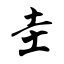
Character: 圭